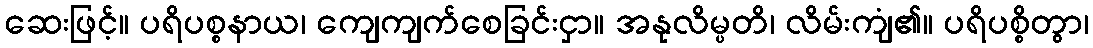
ဆေးဖြင့်။ ပရိပစ္စနာယ၊ ကျေကျက်စေခြင်းငှာ။ အနုလိမ္ပတိ၊ လိမ်းကျံ၏။ ပရိပစ္စိတွာ၊